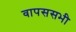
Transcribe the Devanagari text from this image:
वापससभी